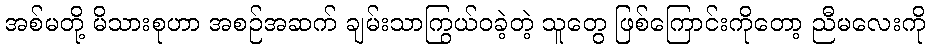
အစ်မတို့ မိသားစုဟာ အစဉ်အဆက် ချမ်းသာကြွယ်ဝခဲ့တဲ့ သူတွေ ဖြစ်ကြောင်းကိုတော့ ညီမလေးကို